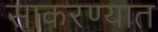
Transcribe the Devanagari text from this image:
साकरण्यात